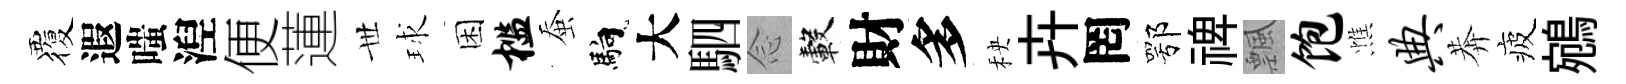
覆遐嗤湼便蓮𠀍球困槛蚕馿大駟𫝹轂財多秧卉罔鄂禆飄饱憔典莾疲鵷